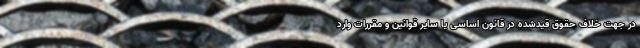
در جهت خلاف حقوق قیدشده در قانون اساسی یا سایر قوانین و مقررات وارد